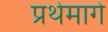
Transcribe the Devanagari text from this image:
प्रथेमागे